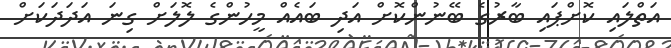
އަތްލައި ކޮށްޕައި ބާރުގެ ބޭނުންކޮށް އަދި ބައެއް މީހުންގެ ލޮލަށް ގިނަ އަދަދަކަށް